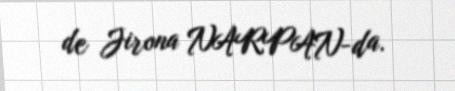
de Jirona NARPAN-da.